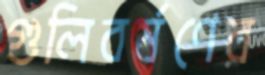
গুলিবর্ষণের